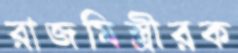
রাজমিস্ত্রীরক